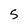
Character: 5